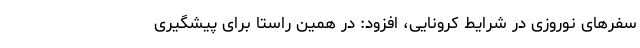
سفرهای نوروزی در شرایط کرونایی، افزود: در همین راستا برای پیشگیری